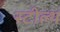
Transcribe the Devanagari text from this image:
स्‍टील्‍थ